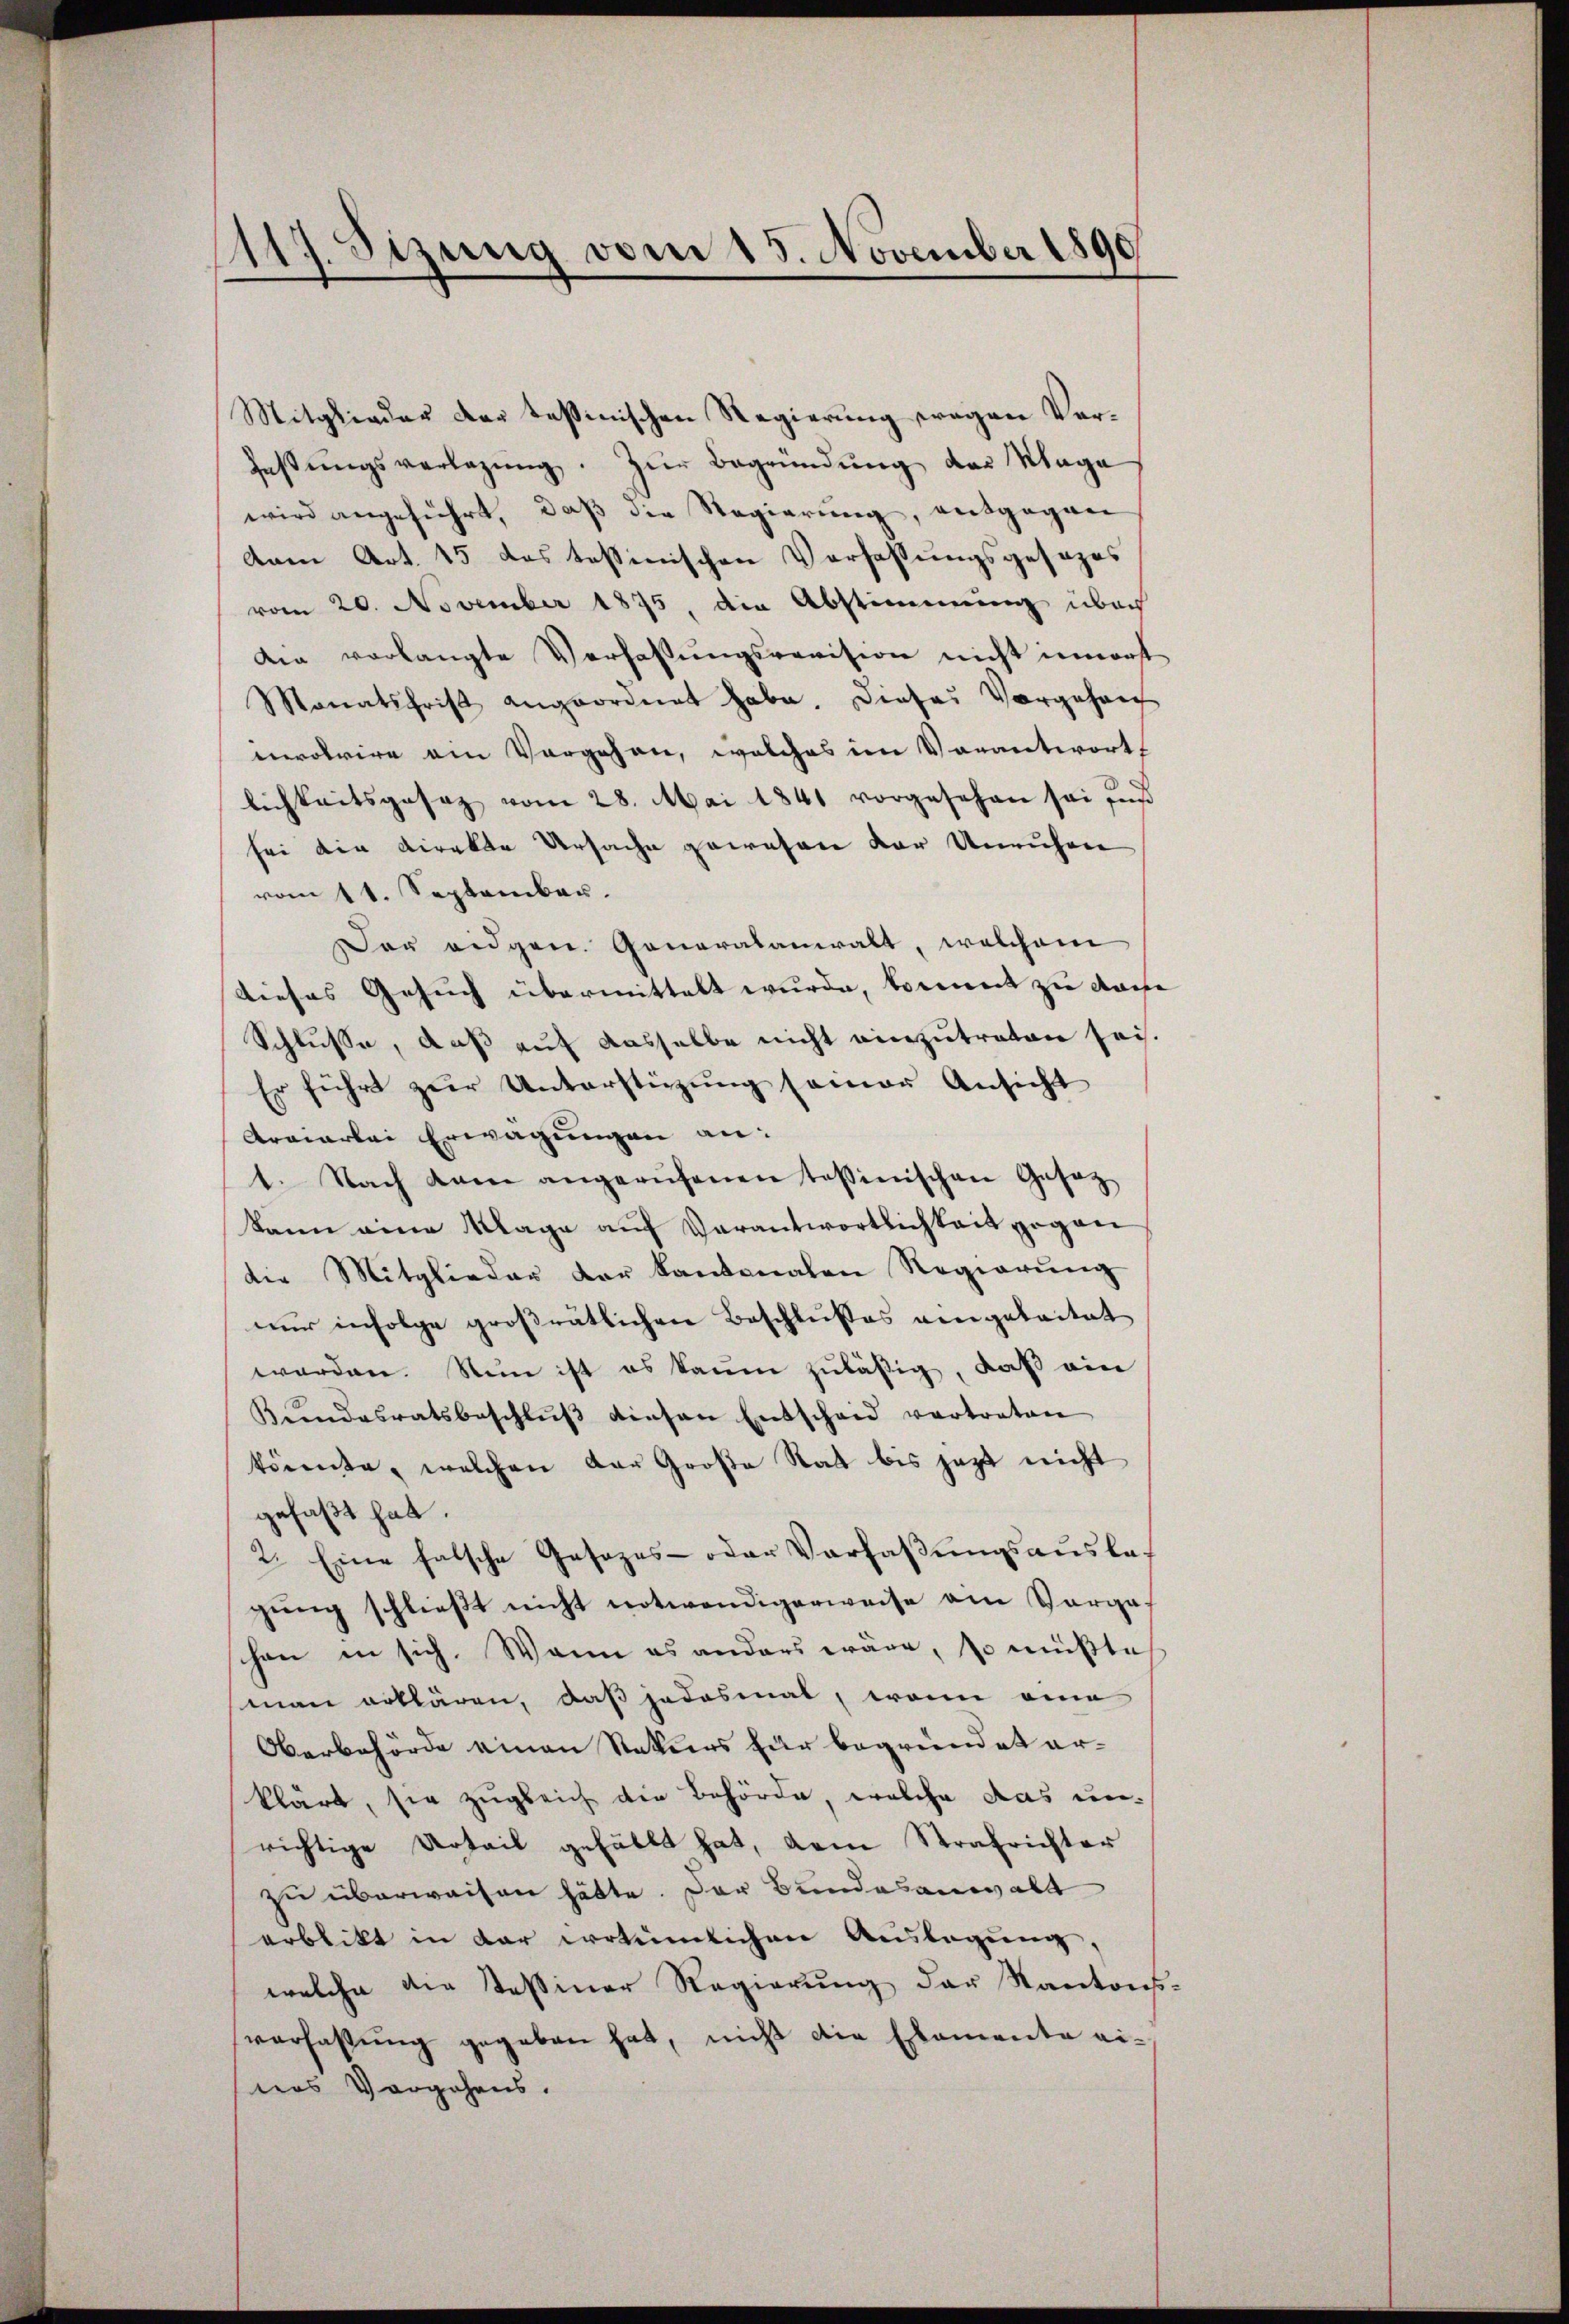
117. Sizung vom 15. November 1890

Mitglieder der tessinischen Regierung wegen Verfassŭngsverlegŭng. Zur Begründung der Maga
wird angeführt, daß die Regierung, entgegen
vom Art. 15 das tessinischen Verfassungsgesezes
vom 20. November 1875, die Abstimmung über
dia verlangte Verfassungsrevision nicht innert
Monatsfrist angeordnet habe. Dieser Vorgehen
mrotrire am Vorgehen, welches im Vorantwort
lichkeitsgesaz vom 28. Mai 1841 vorgesehen sei fuß
sei die Direkte Ursache gewesen der Unruhen
vom 11. September.
Der eidgen. Generalanwalt, welchem
dieses Gesuch übermittelt wurde, kommt zu mache
Schlusse, daß auf dasselbe nicht einzutreten sei.
Er führt zŭr Unterstüzung seiner Ansicht
Arviarlei Erwägungen an:
1. Nach dam angerufenen tosinischen Gesetz
kann eine Klage auf Verantwortlichkeit gegan
die Mitglieder der kantonalen Regierung
nur infolge großrätlichen Beschlußes vegetoitat
werden. Nun ist es kaum zuläßig, daß ein
Kŭndesratsbeschlŭβ diesen Entschaid vertraten
könnte, welchen der Große Rat bis jezt nicht
gefaßt hat.
2. Eine falsche Gesezes- oder Verfaßungsauslagŭng schlieβt nicht notwendigerweise am Vorgef
hen in sich. Wenn es anders wäre, so müßte
man erklären, daß jedesmal, wenn eine
Oberbehörde einen Rekurs für begründet ar-
klärt, sie zugleich die Behörde, welche das unrichtige Urteil gefällt hat, dem Strafrichter
zu überweisen hätte. Der Bundesanwalt
erblikt in der irrtümlichen Auslegung,
welche die Tessiner Regierŭng der Kantons
verfassŭng gegeben hat, nicht die Examente ei-
nes Vorgehens.